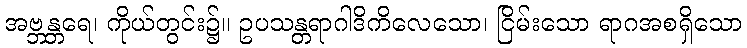
အဗ္ဘန္တရေ၊ ကိုယ်တွင်း၌။ ဥပသန္တရာဂါဒိကိလေသော၊ ငြိမ်းသော ရာဂအစရှိသော